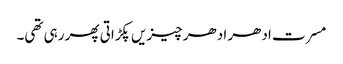
مسرت ادھر ادھر چیزیں پکڑاتی پھر رہی تھی۔